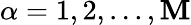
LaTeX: \alpha=1,2,...,\mathbf{M}